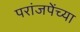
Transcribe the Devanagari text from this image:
परांजपेंच्या